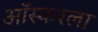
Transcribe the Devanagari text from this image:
ऑस्करला